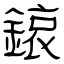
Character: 鎄